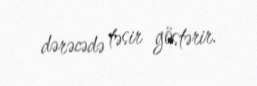
dərəcədə təsir göstərir.